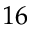
1 6